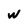
Character: w